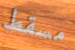
مسقط